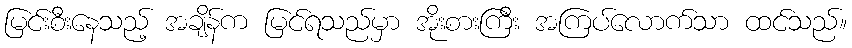
မြင်းစီးနေသည့် အချိန်က မြင်ရသည်မှာ အိုးစားကြီး အကြပ်လောက်သာ ထင်သည်။